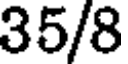
35/8